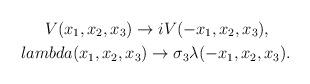
LaTeX: \begin{align*}V(x_1,x_2,x_3)\rightarrow iV(-x_1,x_2,x_3),\ \ \ \ \\lambda(x_1,x_2,x_3)\rightarrow\sigma_3\lambda(-x_1,x_2,x_3).\end{align*}